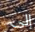
إلى